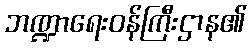
ဘဏ္ဍာရေးဝန်ကြီးဌာန၏